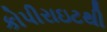
કોપીરાઇટથી